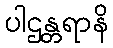
ပါဌန္တရာနိ